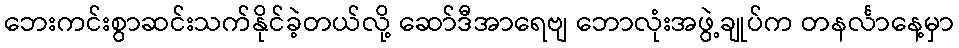
ဘေးကင်းစွာဆင်းသက်နိုင်ခဲ့တယ်လို့ ဆော်ဒီအာရေဗျ ဘောလုံးအဖွဲ့ချုပ်က တနင်္လာနေ့မှာ